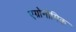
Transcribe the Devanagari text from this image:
एग्रोनोमिक